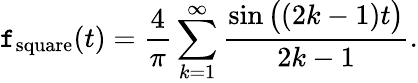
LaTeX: \mathtt{f}_{\mathrm{{square}}}(t)={\frac{{4}}{{\pi}}}\sum_{k=1}^{\infty}{\frac{{\sin{\big(}(2k-1)t{\big)}}}{{2k-1}}}.